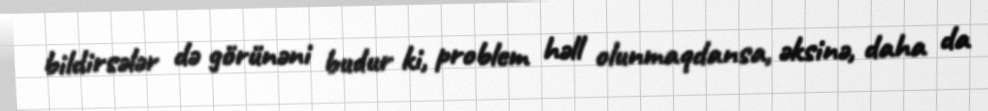
bildirsələr də görünəni budur ki, problem həll olunmaqdansa, əksinə, daha da